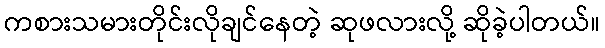
ကစားသမားတိုင်းလိုချင်နေတဲ့ ဆုဖလားလို့ ဆိုခဲ့ပါတယ်။